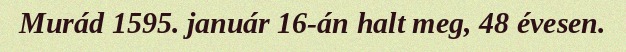
Murád 1595. január 16-án halt meg, 48 évesen.